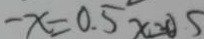
- x = 0 . 5 x = - 0 . 5